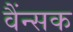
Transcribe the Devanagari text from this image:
वैंन्सक